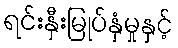
ရင်းနှီးမြုပ်နှံမှုနှင့်